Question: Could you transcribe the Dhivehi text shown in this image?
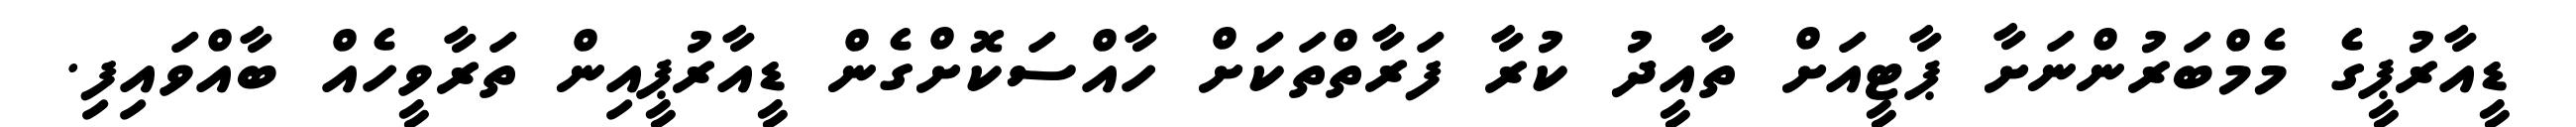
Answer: ޑީއާރުޕީގެ މެމްބަރުންނަށާ ޕާޓީއަށް ތާއީދު ކުރާ ފަރާތްތަކަށް ހާއްސަކޮށްގެން ޑީއާރުޕީއިން ތަރާވީހެއް ބާއްވައިފި.